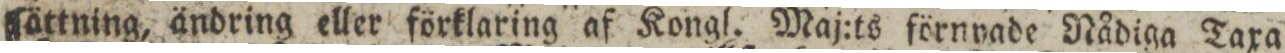
ſättning, ändring eller förklaring af Kongl. Maj:ts förnyade Nådiga Taxa